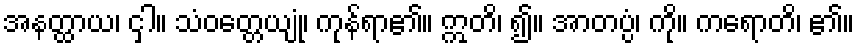
အနတ္ထာယ၊ ငှါ။ သံဝတ္တေယျုံ၊ ကုန်ရာ၏။ ဣတိ၊ ၍။ အာတပ္ပံ၊ ကို။ ကရောတိ၊ ၏။